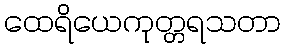
ထေရိယေကုတ္တရသတာ